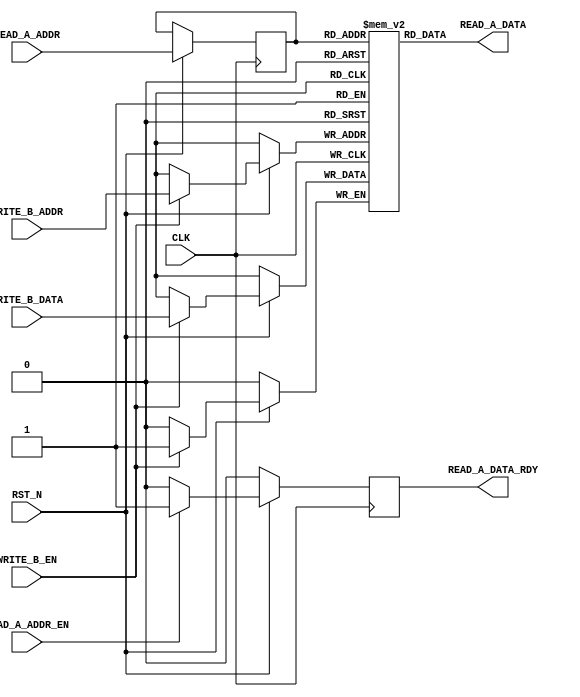
//----------------------------------------------------------------------//
// The MIT License 
// 
// Copyright (c) 2008 Alfred Man Cheuk Ng, mcn02@mit.edu 
// 
// Permission is hereby granted, free of charge, to any person 
// obtaining a copy of this software and associated documentation 
// files (the "Software"), to deal in the Software without 
// restriction, including without limitation the rights to use,
// copy, modify, merge, publish, distribute, sublicense, and/or sell
// copies of the Software, and to permit persons to whom the
// Software is furnished to do so, subject to the following conditions:
// 
// The above copyright notice and this permission notice shall be
// included in all copies or substantial portions of the Software.
// 
// THE SOFTWARE IS PROVIDED "AS IS", WITHOUT WARRANTY OF ANY KIND,
// EXPRESS OR IMPLIED, INCLUDING BUT NOT LIMITED TO THE WARRANTIES
// OF MERCHANTABILITY, FITNESS FOR A PARTICULAR PURPOSE AND
// NONINFRINGEMENT. IN NO EVENT SHALL THE AUTHORS OR COPYRIGHT
// HOLDERS BE LIABLE FOR ANY CLAIM, DAMAGES OR OTHER LIABILITY,
// WHETHER IN AN ACTION OF CONTRACT, TORT OR OTHERWISE, ARISING
// FROM, OUT OF OR IN CONNECTION WITH THE SOFTWARE OR THE USE OR
// OTHER DEALINGS IN THE SOFTWARE.
//----------------------------------------------------------------------//

// unguarded bram
// When synthesized, one basic BRAM instance  = 4096 bits, 
// the maximum width = 16, depth = 256
module UGBRAM (CLK,
               RST_N,
               READ_A_ADDR_EN,
               READ_A_ADDR,
               READ_A_DATA,
               READ_A_DATA_RDY,
               WRITE_B_EN,
               WRITE_B_ADDR,
               WRITE_B_DATA
               );
   parameter addr_width = 1;
   parameter  data_width = 1;
   parameter  lo = 0;
   parameter  hi = 1;

   input                    CLK;
   input                    RST_N;

   // read port
   // req, always ready
   input                    READ_A_ADDR_EN;
   input [addr_width-1:0]   READ_A_ADDR;

   // resp
   output [data_width-1:0]  READ_A_DATA;
   output                   READ_A_DATA_RDY; 

   // write port, always ready
   input                    WRITE_B_EN;
   input [addr_width-1:0]   WRITE_B_ADDR;
   input [data_width-1:0]   WRITE_B_DATA;

   reg [addr_width-1:0]     READ_ADDR; // read addr need to be registered for block ram to be inferred
   reg                      READ_A_DATA_RDY;
    
   reg [data_width-1:0]     RAM [hi:lo]; /*synthesis syn_ramstyle = "block_ram"*/

   assign READ_A_DATA = RAM[READ_ADDR];

   always@(posedge CLK)
      begin
         if (!RST_N)
           READ_A_DATA_RDY <= 0;
         else
	   begin 
              if(WRITE_B_EN)
                RAM[WRITE_B_ADDR] <= WRITE_B_DATA;

              READ_ADDR <= READ_A_ADDR;
              READ_A_DATA_RDY <= (READ_A_ADDR_EN) ? 1 : 0;
           end	
      end // always@ (posedge CLK)

endmodule